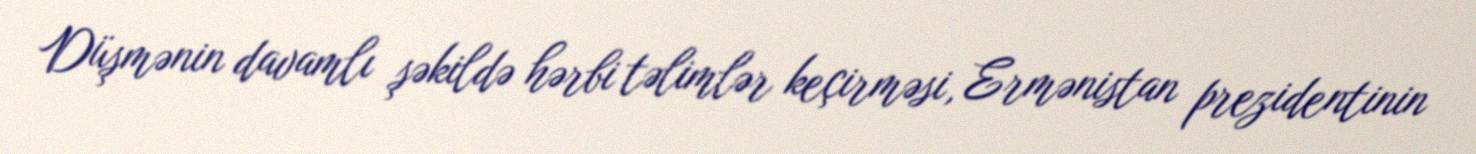
Düşmənin davamlı şəkildə hərbi təlimlər keçirməsi, Ermənistan prezidentinin